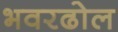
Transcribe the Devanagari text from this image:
भवरढोल